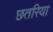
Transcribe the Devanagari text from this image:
छतरिया